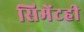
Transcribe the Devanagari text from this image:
सिमेंटही